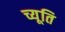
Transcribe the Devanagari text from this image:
च्यूति